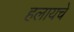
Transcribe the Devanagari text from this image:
हलायचे